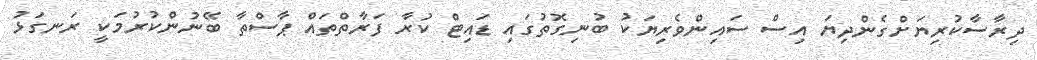
ދިރާސާކުރިޔަށްގެންދިޔަ އިސް ސައިންވެރިޔަކު ބުނިގޮތުގައި ޑައިޓް ކުރާ ފަރާތްތައް ޕާސްތާ ބޭނުންކުރުމަކީ ރަނގަޅު